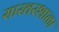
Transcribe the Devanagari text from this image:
साखरशाळा